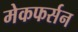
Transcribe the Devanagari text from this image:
मेकफर्सन